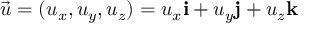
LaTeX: { \vec { u } } = ( u _ { x } , u _ { y } , u _ { z } ) = u _ { x } \mathbf { i } + u _ { y } \mathbf { j } + u _ { z } \mathbf { k }